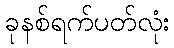
ခုနစ်ရက်ပတ်လုံး